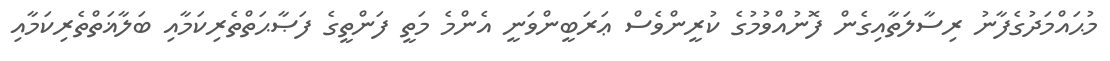
މުޙައްމަދުގެފާނު ރިސާލަތާއިގެން ފޮނުއްވުމުގެ ކުރީންވެސް ޢަރަބީންވަނީ އެންމެ މަތީ ފަންތީގެ ފަޞާޙަތްތެރިކަމާއި ބަލާޣަތްތެރިކަމާއި